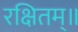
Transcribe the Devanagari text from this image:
रक्षितम्॥